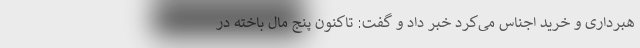
هبرداری و خرید اجناس می‌کرد خبر داد و گفت: تاکنون پنج مال باخته در